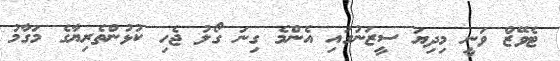
ޓެވޭޒް ވަނީ މިދިޔަ ސީޒަނުގައި އެންމެ ގިނަ ގޯލު ޖެހި ކުޅުންތެރިޔާގެ މަގާމު